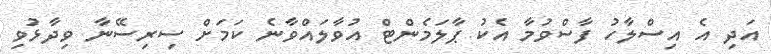
އަދި އެ އިސްލާހު ފާސްވުމާ އެކު ޕާލަމެންޓް އުވާލައްވާނެ ކަމަށް ސިރިސޭނާ ވިދާޅުވި